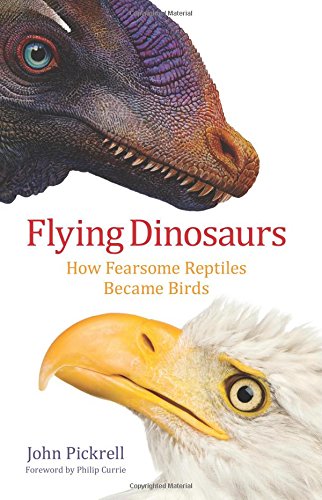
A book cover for Flying Dinosaurs: How Fearsome Reptiles Became Birds; John Pickrell; Science & Math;